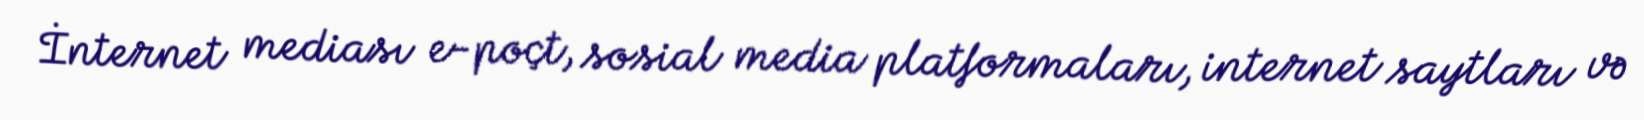
İnternet mediası e-poçt, sosial media platformaları, internet saytları və